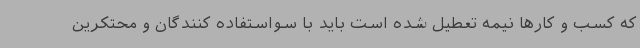
که کسب و کارها نیمه تعطیل شده است باید با سواستفاده کنندگان و محتکرین